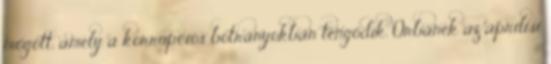
mögött, amely a korrupciós botrányokban tengődik. Orbánék az áprilisi